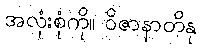
အလုံးစုံကို။ ဝိဇာနာတိနု